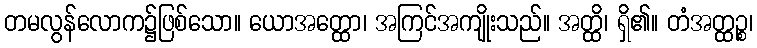
တမလွန်လောက၌ဖြစ်သော။ ယောအတ္ထော၊ အကြင်အကျိုးသည်။ အတ္ထိ၊ ရှိ၏။ တံအတ္ထဉ္စ၊